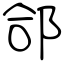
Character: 郃